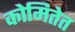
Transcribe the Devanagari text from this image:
कोमितेत